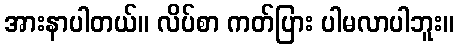
အားနာပါတယ်။ လိပ်စာ ကတ်ပြား ပါမလာပါဘူး။